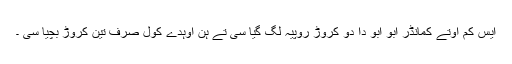
ایس کم اوتے کمانڈر ابو ابو دا دو کروڑ روپیہ لگ گیا سی تے ہن اوہدے کول صرف تین کروڑ بچیا سی ۔